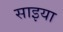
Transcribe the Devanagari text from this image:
साइया